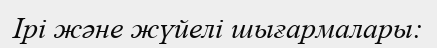
Ірі және жүйелі шығармалары: